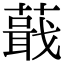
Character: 蕺